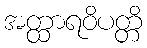
အတ္ထာရဝိပတ္တိ